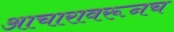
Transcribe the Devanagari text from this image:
आचारावरूनच